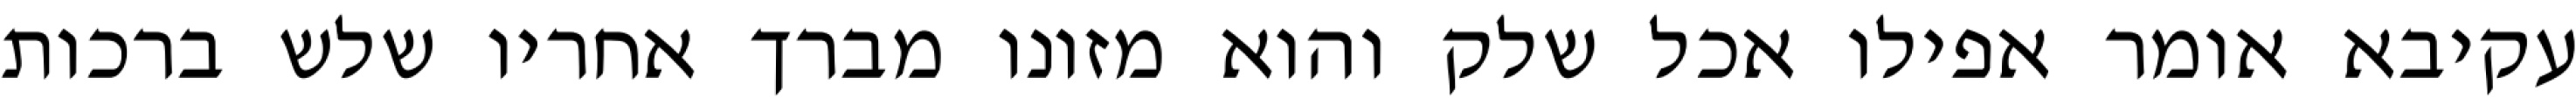
עקיבא אומר אפילו אכל שלק והוא מזונו מברך אחריו שלש ברכות